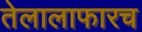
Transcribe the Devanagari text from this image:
तेलालाफारच